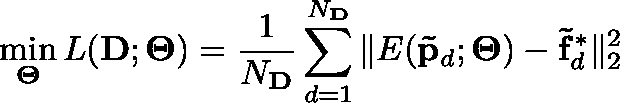
\operatorname* { m i n } _ { \mathbf { \Theta } } L ( \mathbf { D } ; \mathbf { \Theta } ) = \frac { 1 } { N _ { \mathbf { D } } } \sum _ { d = 1 } ^ { N _ { \mathbf { D } } } \| E ( \mathbf { \tilde { p } } _ { d } ; \mathbf { \Theta } ) - \mathbf { \tilde { f } } _ { d } ^ { * } \| _ { 2 } ^ { 2 }